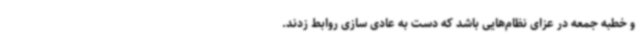
و خطبه جمعه در عزای نظام‌هایی باشد که دست به عادی سازی روابط زدند.